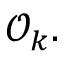
{ \mathcal { O } } _ { k } .